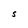
Character: S